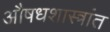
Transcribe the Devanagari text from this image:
औषधशास्त्रांत